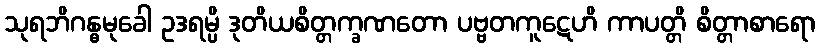
သုရဘိဂန္ဓမုခေါ ဥဒရမ္ပိ ဒုတိယစိတ္တက္ခဏတော ပဗ္ဗတကူဋေဟိ ကာပတ္တိ စိတ္တာစာရော